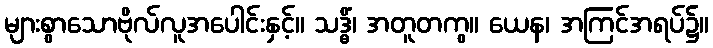
များစွာသောဗိုလ်လူအပေါင်းနှင့်။ သဒ္ဓိံ၊ အတူတကွ။ ယေန၊ အကြင်အရပ်၌။